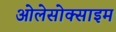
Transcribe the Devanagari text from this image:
ओलेसोक्साइम